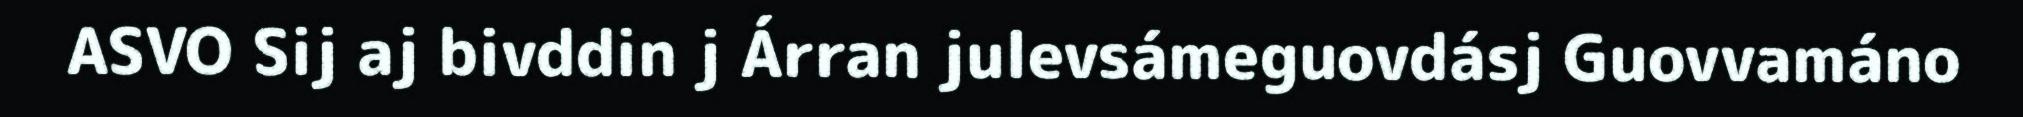
ASVO Sij aj bivddin j Árran julevsámeguovdásj Guovvamáno